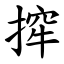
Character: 㨓